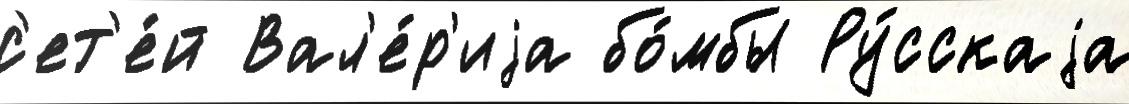
с'ет'е́й Вал'е́р'иjа бо́мбы Ру́сскаjа